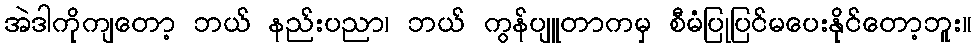
အဲဒါကိုကျတော့ ဘယ် နည်းပညာ၊ ဘယ် ကွန်ပျူတာကမှ စီမံပြုပြင်မပေးနိုင်တော့ဘူး။